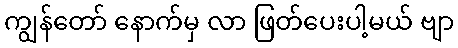
ကျွန်တော် နောက်မှ လာ ဖြတ်ပေးပါ့မယ် ဗျာ